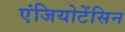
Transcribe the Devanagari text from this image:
एंजियोटेंसिन